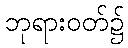
ဘုရားဝတ်၌